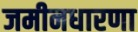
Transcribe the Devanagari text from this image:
जमीनधारणा